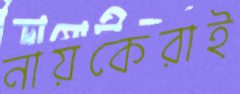
নায়কেরাই